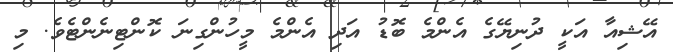
އޭޝިއާ އަކީ ދުނިޔޭގެ އެންމެ ބޮޑު އަދި އެންމެ މީހުންގިނަ ކޮންޓިނެންޓެވެ. މި